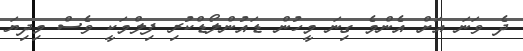
ދެ ވަނަ އަށް އެންމެ ގިނަ މީހުން ޑައުންލޯޑްކުރި ފިލްމަކީ ވެސް މިދިޔަ